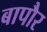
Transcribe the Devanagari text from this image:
बापौर